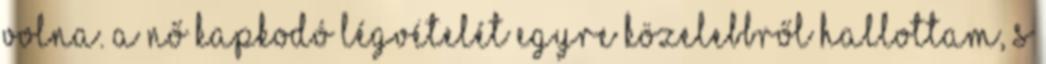
volna. A nő kapkodó légvételét egyre közelebbről hallottam, s